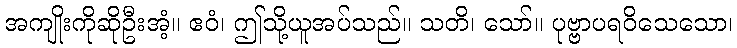
အကျိုးကိုဆိုဦးအံ့။ ဧဝံ၊ ဤသို့ယူအပ်သည်။ သတိ၊ သော်။ ပုဗ္ဗာပရဝိသေသော၊